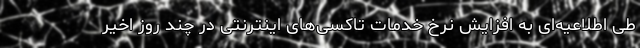
طی اطلاعیه‌ای به افزایش نرخ خدمات تاکسی‌های اینترنتی در چند روز اخیر